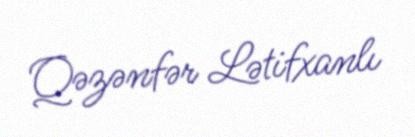
Qəzənfər Lətifxanlı